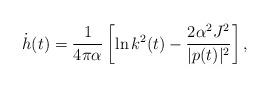
LaTeX: \begin{align*}\dot h(t) = \frac{1}{4\pi\alpha}\left[ \ln k^2(t) - \frac{2\alpha^2J^2}{|p(t)|^2} \right],\end{align*}